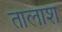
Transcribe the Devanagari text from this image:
तालाश